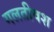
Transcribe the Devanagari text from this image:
गलतीवश